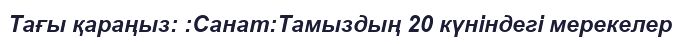
Тағы қараңыз: :Санат:Тамыздың 20 күніндегі мерекелер